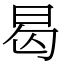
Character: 曷